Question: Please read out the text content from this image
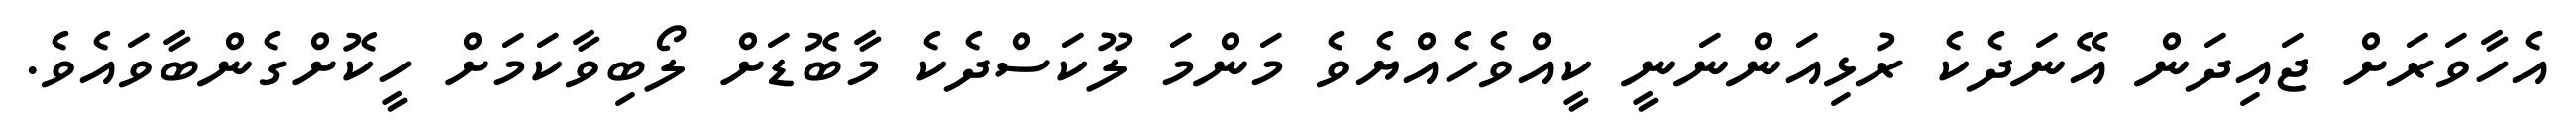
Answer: އެހާވަރަށް ޖައިދަން އޭނަދެކެ ރުޅިއަންނަނީ ކީއްވެހެއްޔެވެ މަންމަ ލޫކަސްދެކެ މާބޮޑަށް ލޯބިވާކަމަށް ހީކޮށްގެންބާވައެވެ.